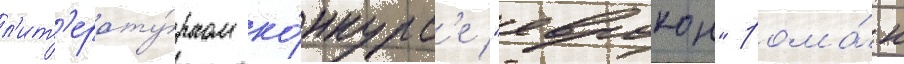
л'ит'ерату́рном ко́нкурс'е "еврокон" рома́н